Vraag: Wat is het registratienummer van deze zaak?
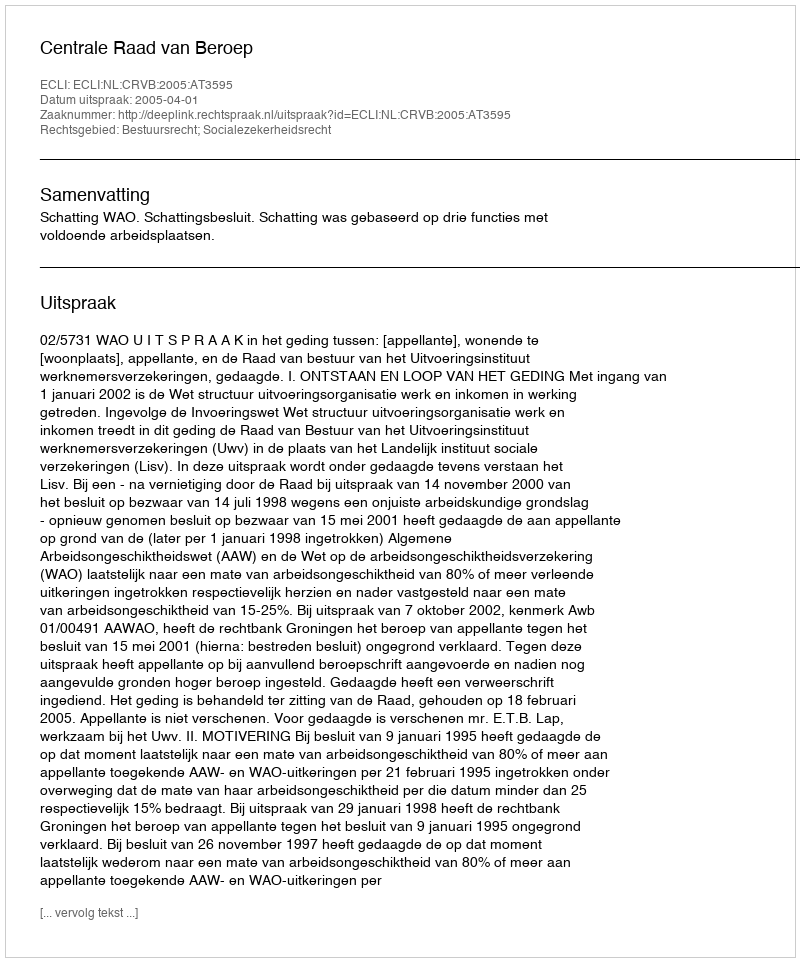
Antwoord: http://deeplink.rechtspraak.nl/uitspraak?id=ECLI:NL:CRVB:2005:AT3595